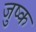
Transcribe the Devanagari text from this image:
जुष्क